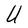
Character: U